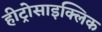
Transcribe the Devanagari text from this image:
हीट्रोसाइक्लिक